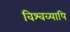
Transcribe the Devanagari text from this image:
विश्वव्यापि